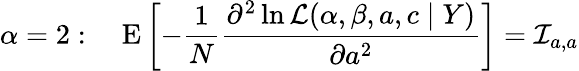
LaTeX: \alpha=2:\quad\operatorname{E}\left[-{\frac{1}{N}}{\frac{\partial^{2}\ln{\mathcal{L}}(\alpha,\beta,a,c\mid Y)}{\partial a^{2}}}\right]={\mathcal{I}}_{a,a}